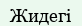
Жидегі